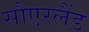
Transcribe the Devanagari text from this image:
सौएरलैंड